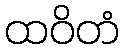
ထဝိတံ